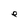
Character: e